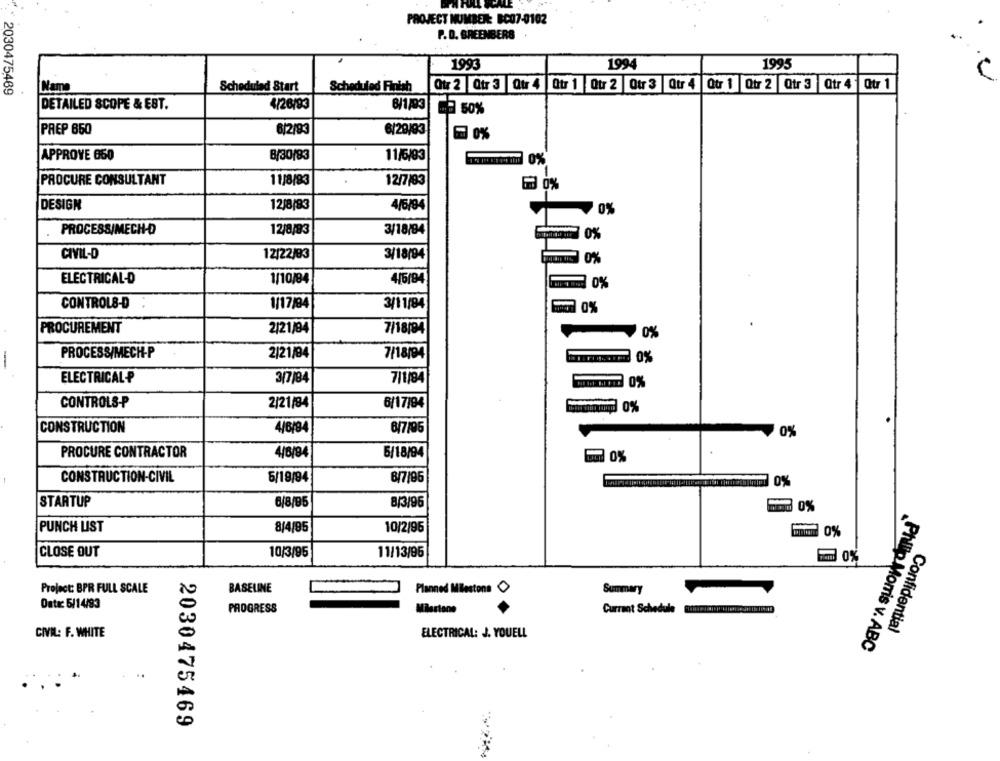
PROJECT NUMBER: BC07-0102
P.D. BREENBERS
1993
1994
1995
* 2030475469
Name
Scheduled Start
Scheduled Finish
Qtx 2 Qtr 3 Qt 4 Qtr 1 Our 2 Otr 3 Qur 4 Qtr 1 Qtr 2 Qtr 3 Qtr 4 Qtr 1
DETAILED SCOPE & EST.
4/26/93
8/1/93
PREP 650
6/2/93
6/29/93
1 0%
APPROVE 650
8/30/83
11/6/03
0%
PROCURE CONSULTANT
11/8/93
12/7/83
6 0%
DESIGN
12/8/83
4/6/94
0%
PROCESS/MECH-O
12/8/93
3/18/84
com 0%
CIVIL-D
12/22/83
3/18/94
Comme 0%
ELECTRICAL-D
1/10/84
4/6/84
CONTROL8-D
1/17/94
3/11/84
PROCUREMENT
2/21/84
7/18/94
0%
PROCESS/MECH-P
2/21/84
7/18/94
0%
ELECTRICAL ₽
3/7/84
7/1/94
CONTROLS-P
2/21/84
6/17/94
CONSTRUCTION
4/6/94
6/7/96
₹0%
PROCURE CONTRACTOR
4/6/94
5/18/94
0%
CONSTRUCTION-CIVIL
6/19/94
8/7/96
STARTUP
6/8/95
B/3/96
0 0%
PUNCH LIST
8/4/95
10/2/96
CLOSE OUT
10/3/95
11/13/96
0%
Project: BPR FULL SCALE
BASELINE
Planned Milestone
Summary
Ontx: 5/14/93
PROGRESS
Milestone
Currant Schedule
Confidential
CIVIL: F. WHITE
ELECTRICAL: J. YOUELL
Philip Morris v. ABC
2030475469